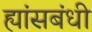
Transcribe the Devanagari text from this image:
ह्यांसबंधी